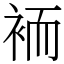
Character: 袻